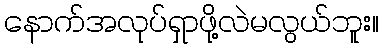
နောက်အလုပ်ရှာဖို့လဲမလွယ်ဘူး။